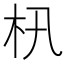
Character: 㭄